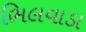
ભિલવાડા